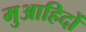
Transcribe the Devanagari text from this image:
मुआहिदों